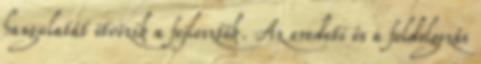
hangulatát ötvözik a fejlesztők. Az eredeti és a feldolgozás